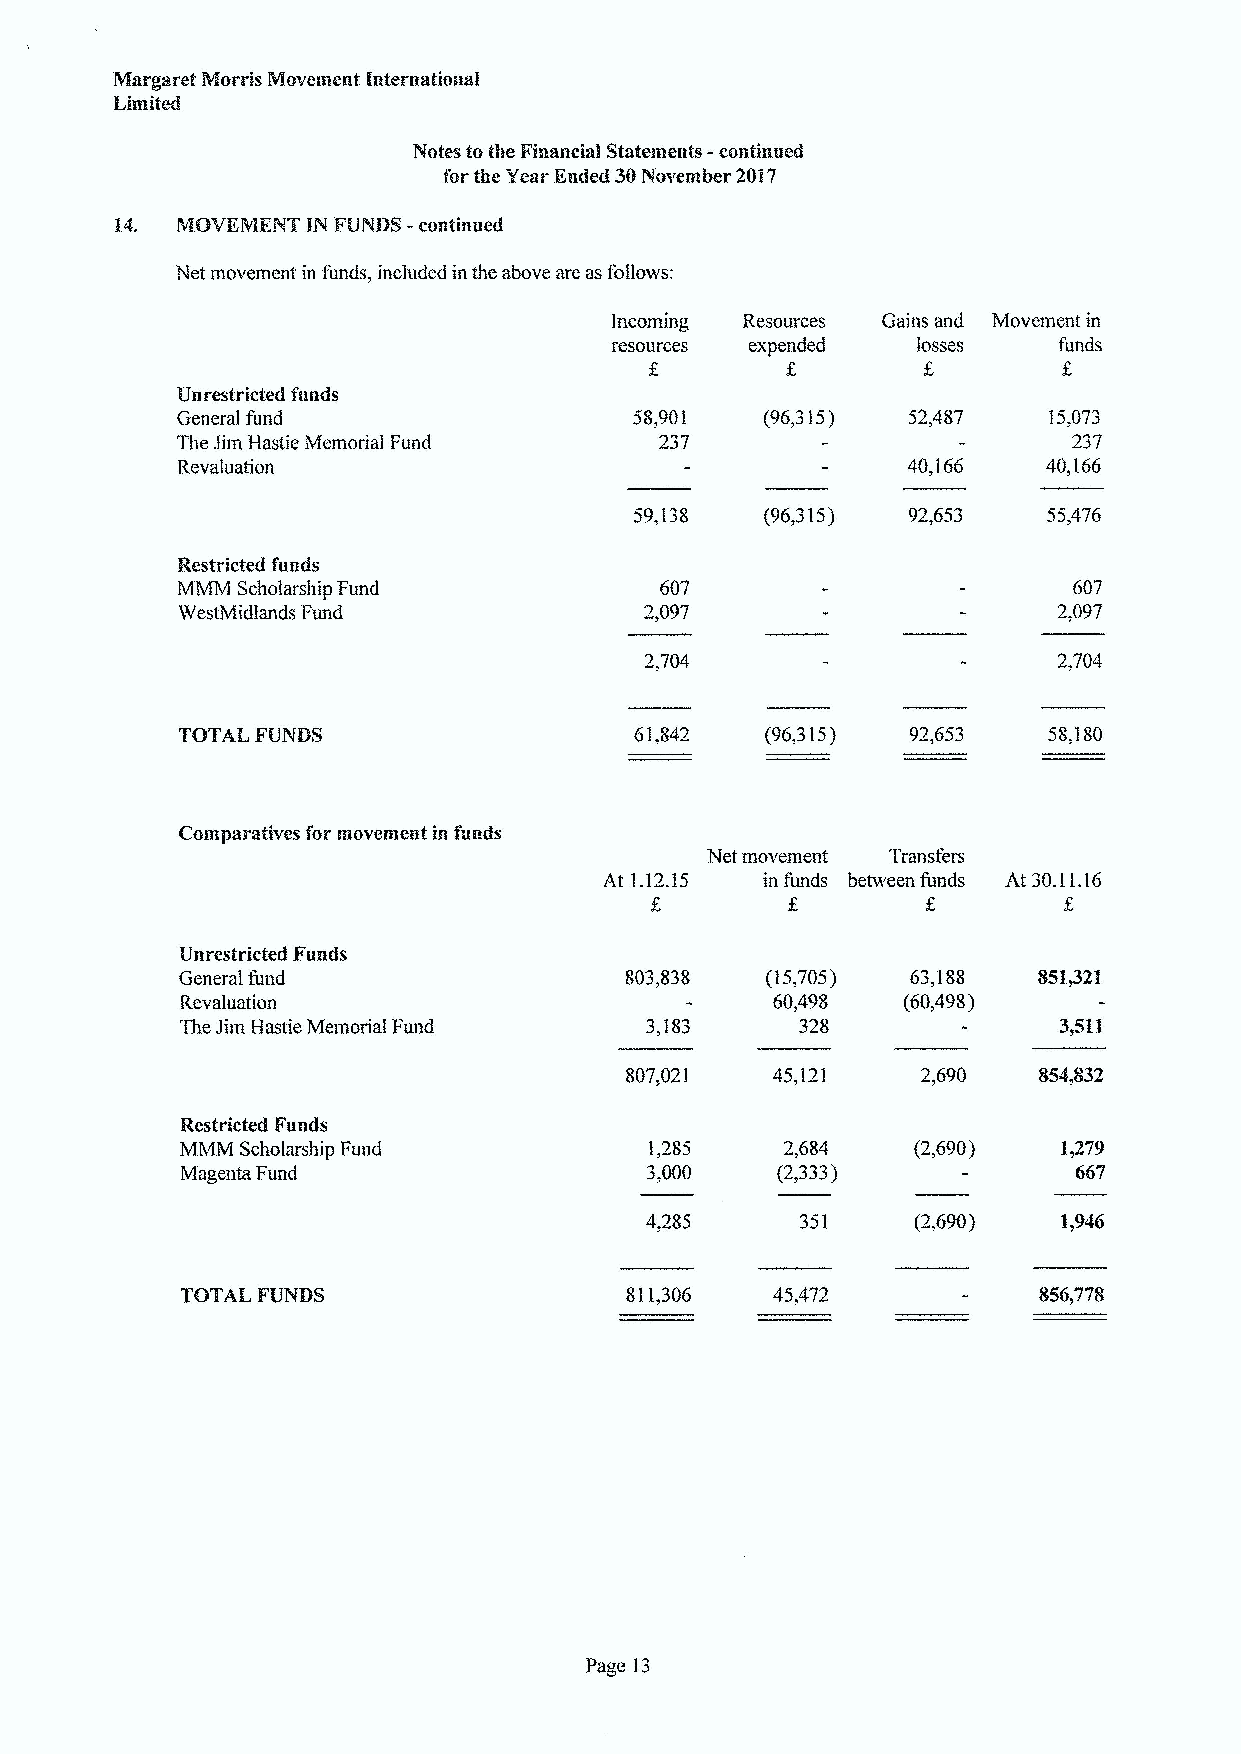
Net movement in funds, included in the above are as follows:
 incoming Resources Gains and Movement in
 1csoul'ccs expended  losses   funcls
 Unrestricted funds
 General fund                                    52,487   15,073
 The Jim Hastie Memorial Fund                               237
 Rcvahlatlon                                     40,166   40,l66
 59,138   (96,315) 92,653
 Rcstrllctcd funds
 MMM Scholarship Fund            607                        607
 %estMidlands Fund              2,097                      2,097
 TOTAL FUNDS                            (96,315) 92,653   58,'180
 Net movement Transfers
 At 1.12.15 in funds between funds At 30.11.16
 Unrestricted Funds
 General fund                 803,838   (15,705) 63,188
 Revaluation                            60,498   (60,498)
 The Jim Hastie Memorial Fund   3,183     328
 807,021   45,121
 Restricted Funds
 MMM Scholarship Fund           1,285    2,684
 Magenta Fund                   3,000   (2,333)
 351    (2,690)
 TGTAI. FUNDS                 811,306                     856,778
 Page 13